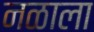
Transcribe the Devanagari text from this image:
नळाला